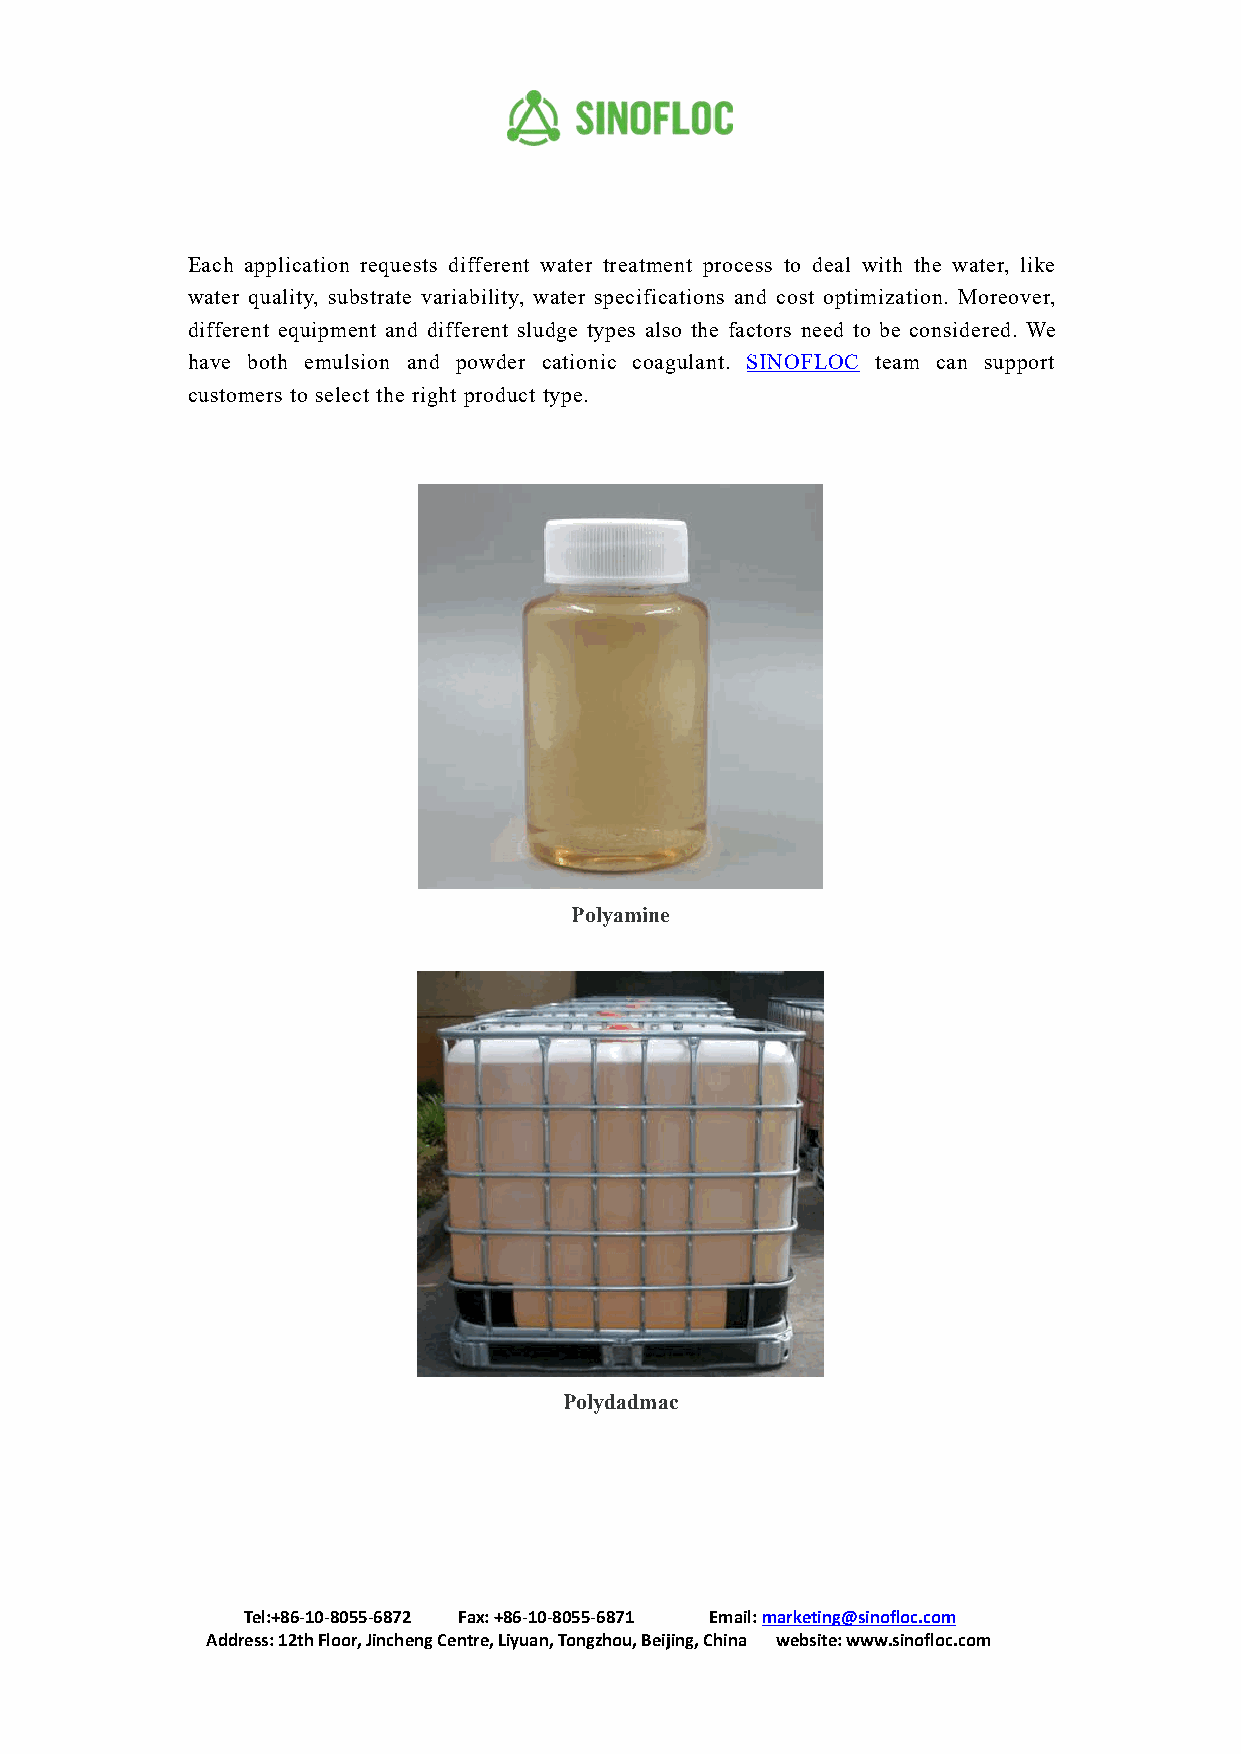
Each application requests different water treatment process to deal with the water, like
 water quality, substrate variability, water specifications and cost optimization. Moreover,
 different equipment and different sludge types also the factors need to be considered. We
 have both emulsion and powder cationic coagulant. SINOFLOC team can support
 customers to select the right product type.
 Polyamine
 Polydadmac
 Tel:+86-10-8055-6872 Fax:+86-10-8055-6871 Email:marketing@sinofloc.com
 Address:12thFloor,JinchengCentre,Liyuan,Tongzhou,Beijing,China website:www.sinofloc.com